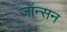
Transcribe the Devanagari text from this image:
ज़ॉन्सन